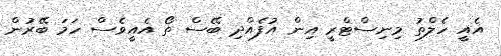
އެއީ ހެލްތު މިނިސްޓްރީ އިން އުފެއްދި ބޭސް ތޯ އެއީވެސް ހަމަ ބޭރުން